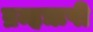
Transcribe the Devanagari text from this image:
ब्रम्हऋषी